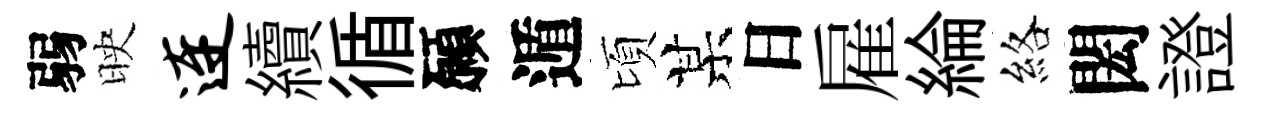
弱映连續循願遁頃某日雇綸絡閎證